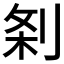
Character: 𭃯